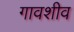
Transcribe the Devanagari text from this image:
गावशीव